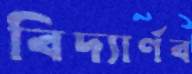
বিদ্যার্ণব